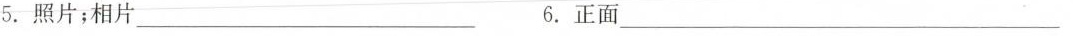
5.照片；相片___ 6.正面___